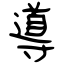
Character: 導